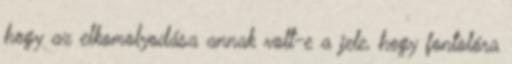
hogy az elkomolyodása annak volt-e a jele, hogy fontolóra